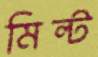
মিল্ট